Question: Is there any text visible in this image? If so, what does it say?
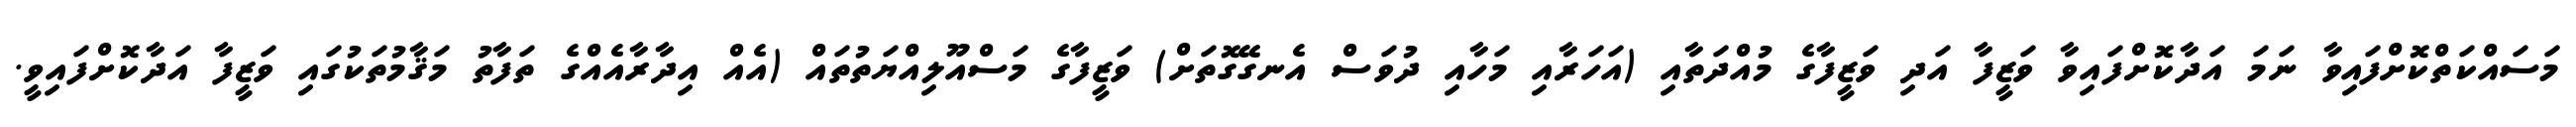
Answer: މަސައްކަތްކޮށްފައިވާ ނަމަ އަދާކޮށްފައިވާ ވަޒީފާ އަދި ވަޒީފާގެ މުއްދަތާއި (އަހަރާއި މަހާއި ދުވަސް އެނގޭގޮތަށް) ވަޒީފާގެ މަސްއޫލިއްޔަތުތައް (އެއް އިދާރާއެއްގެ ތަފާތު މަޤާމުތަކުގައި ވަޒީފާ އަދާކޮށްފައިވީ.